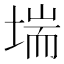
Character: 㙐